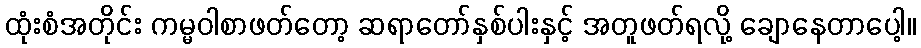
ထုံးစံအတိုင်း ကမ္မဝါစာဖတ်တော့ ဆရာတော်နှစ်ပါးနှင့် အတူဖတ်ရလို့ ချောနေတာပေါ့။